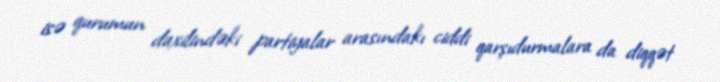
isə qurumun daxilindəki partiyalar arasındakı ciddi qarşıdurmalara da diqqət